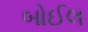
બોઈલ